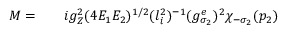
\begin{array} { r l r } { { \cal M } = } & { { } } & { i g _ { Z } ^ { 2 } ( 4 E _ { 1 } E _ { 2 } ) ^ { 1 / 2 } ( l _ { i } ^ { 2 } ) ^ { - 1 } ( g _ { \sigma _ { 2 } } ^ { e } ) ^ { 2 } \chi _ { - \sigma _ { 2 } } ( p _ { 2 } ) } \end{array}